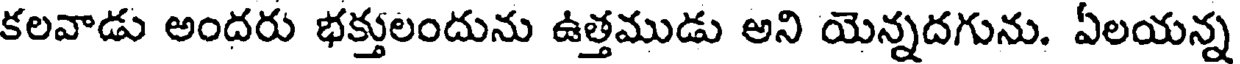
కలవాడు అందరు భక్తులందును ఉత్తముడు అని యెన్నదగును. ఏలయన్న